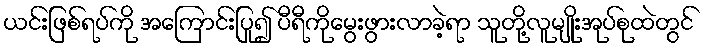
ယင်းဖြစ်ရပ်ကို အကြောင်းပြု၍ ပီရီကိုမွေးဖွားလာခဲ့ရာ သူတို့လူမျိုးအုပ်စုထဲတွင်